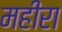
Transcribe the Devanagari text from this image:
महीरा